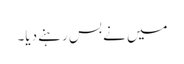
میں نے بس رہنے دیا۔